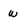
Character: w